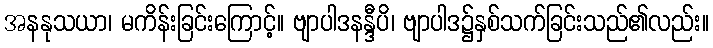
အနနုသယာ၊ မကိန်းခြင်းကြောင့်။ ဗျာပါဒနန္ဒီပိ၊ ဗျာပါဒ၌နှစ်သက်ခြင်းသည်၏လည်း။